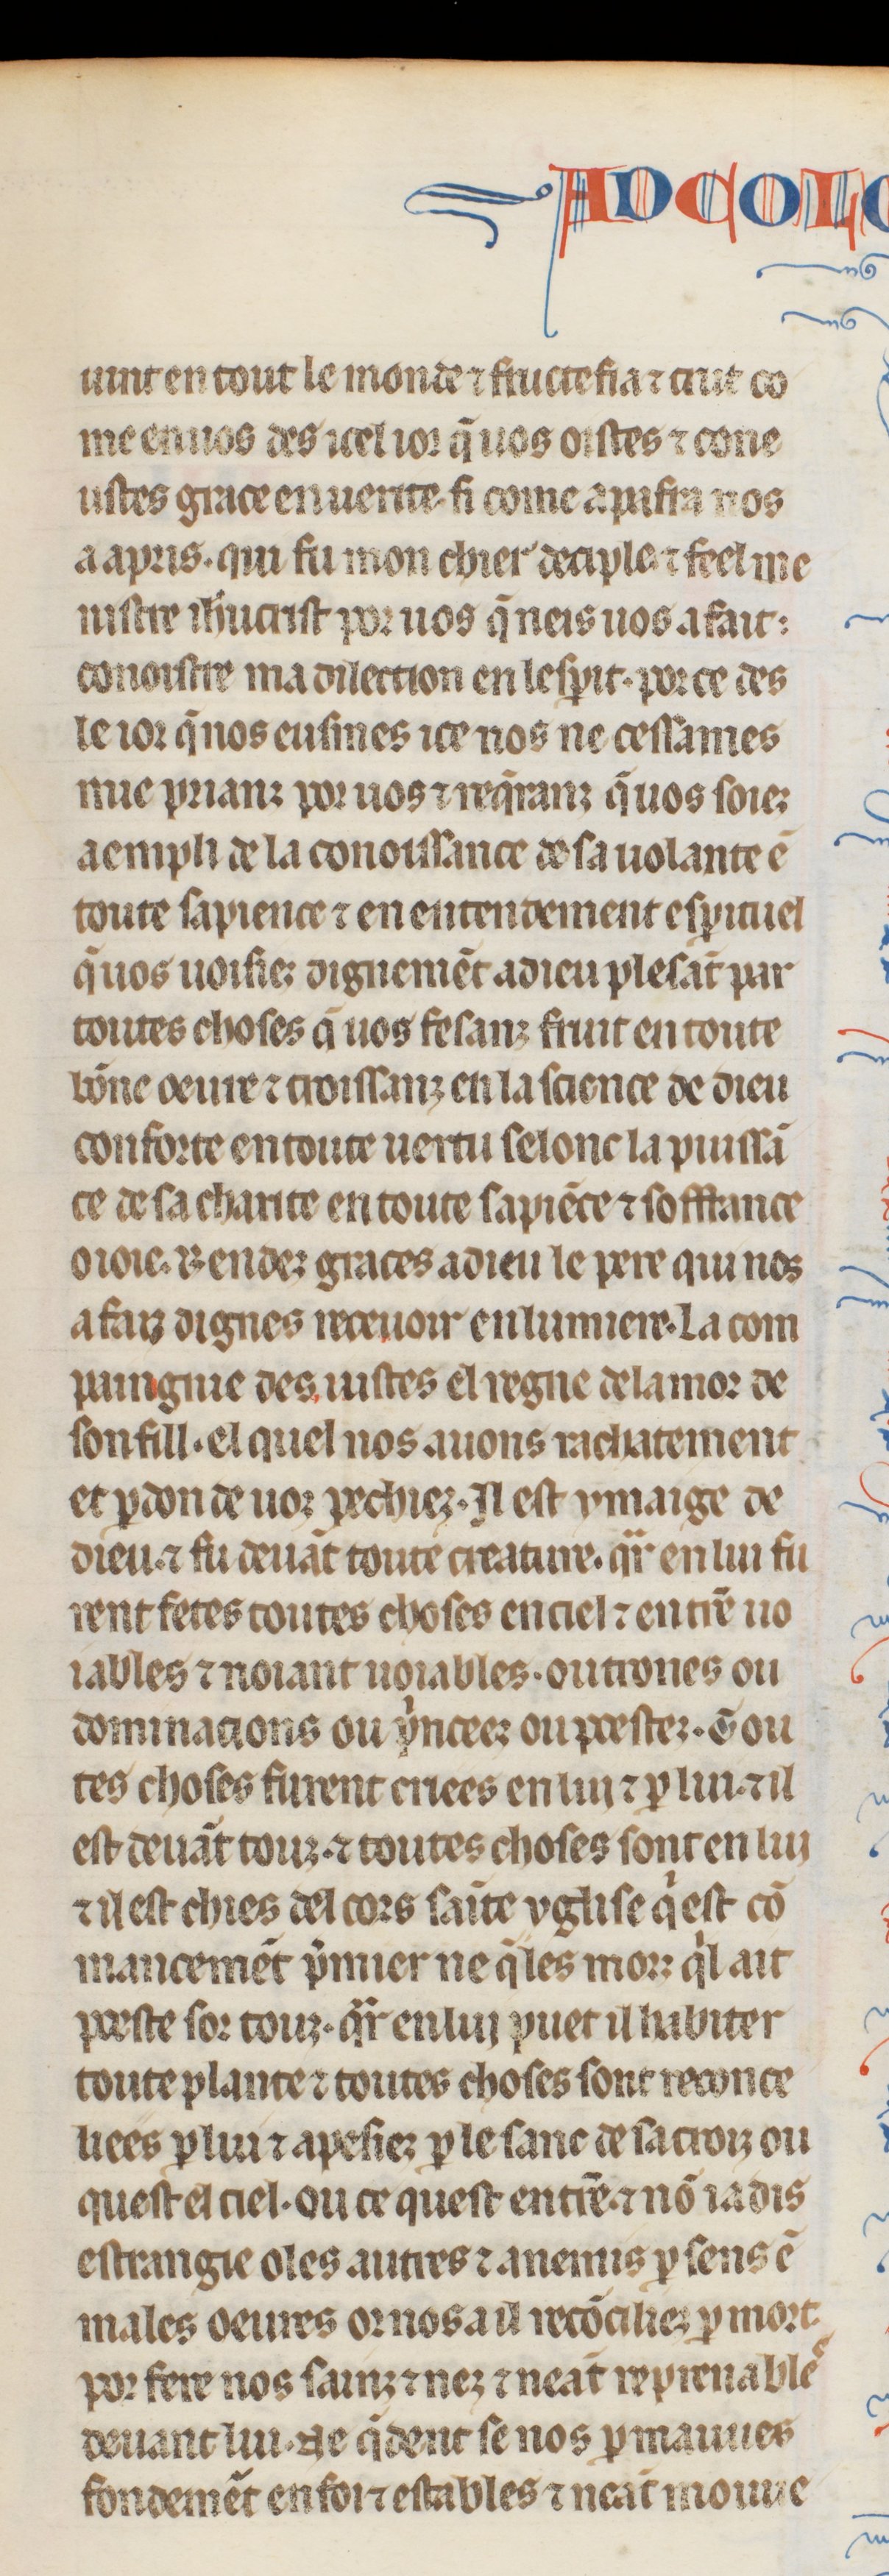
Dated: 1260–1269